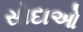
સોદાઓ